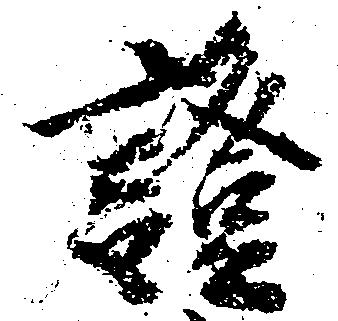
証